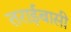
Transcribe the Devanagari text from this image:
तराईबासी